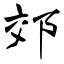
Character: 郊